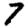
Digit: 7